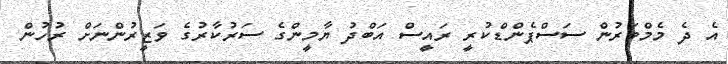
އެ ދެ މެމްބަރުން ސަސްޕެންޑްކުރީ ރައީސް އަބްދު ޔާމީންގެ ސަރުކާރުގެ ވަޒީރުންނަށް ރުހުން